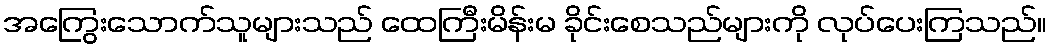
အကြွေးသောက်သူများသည် ထေကြီးမိန်းမ ခိုင်းစေသည်များကို လုပ်ပေးကြသည်။